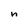
Character: n